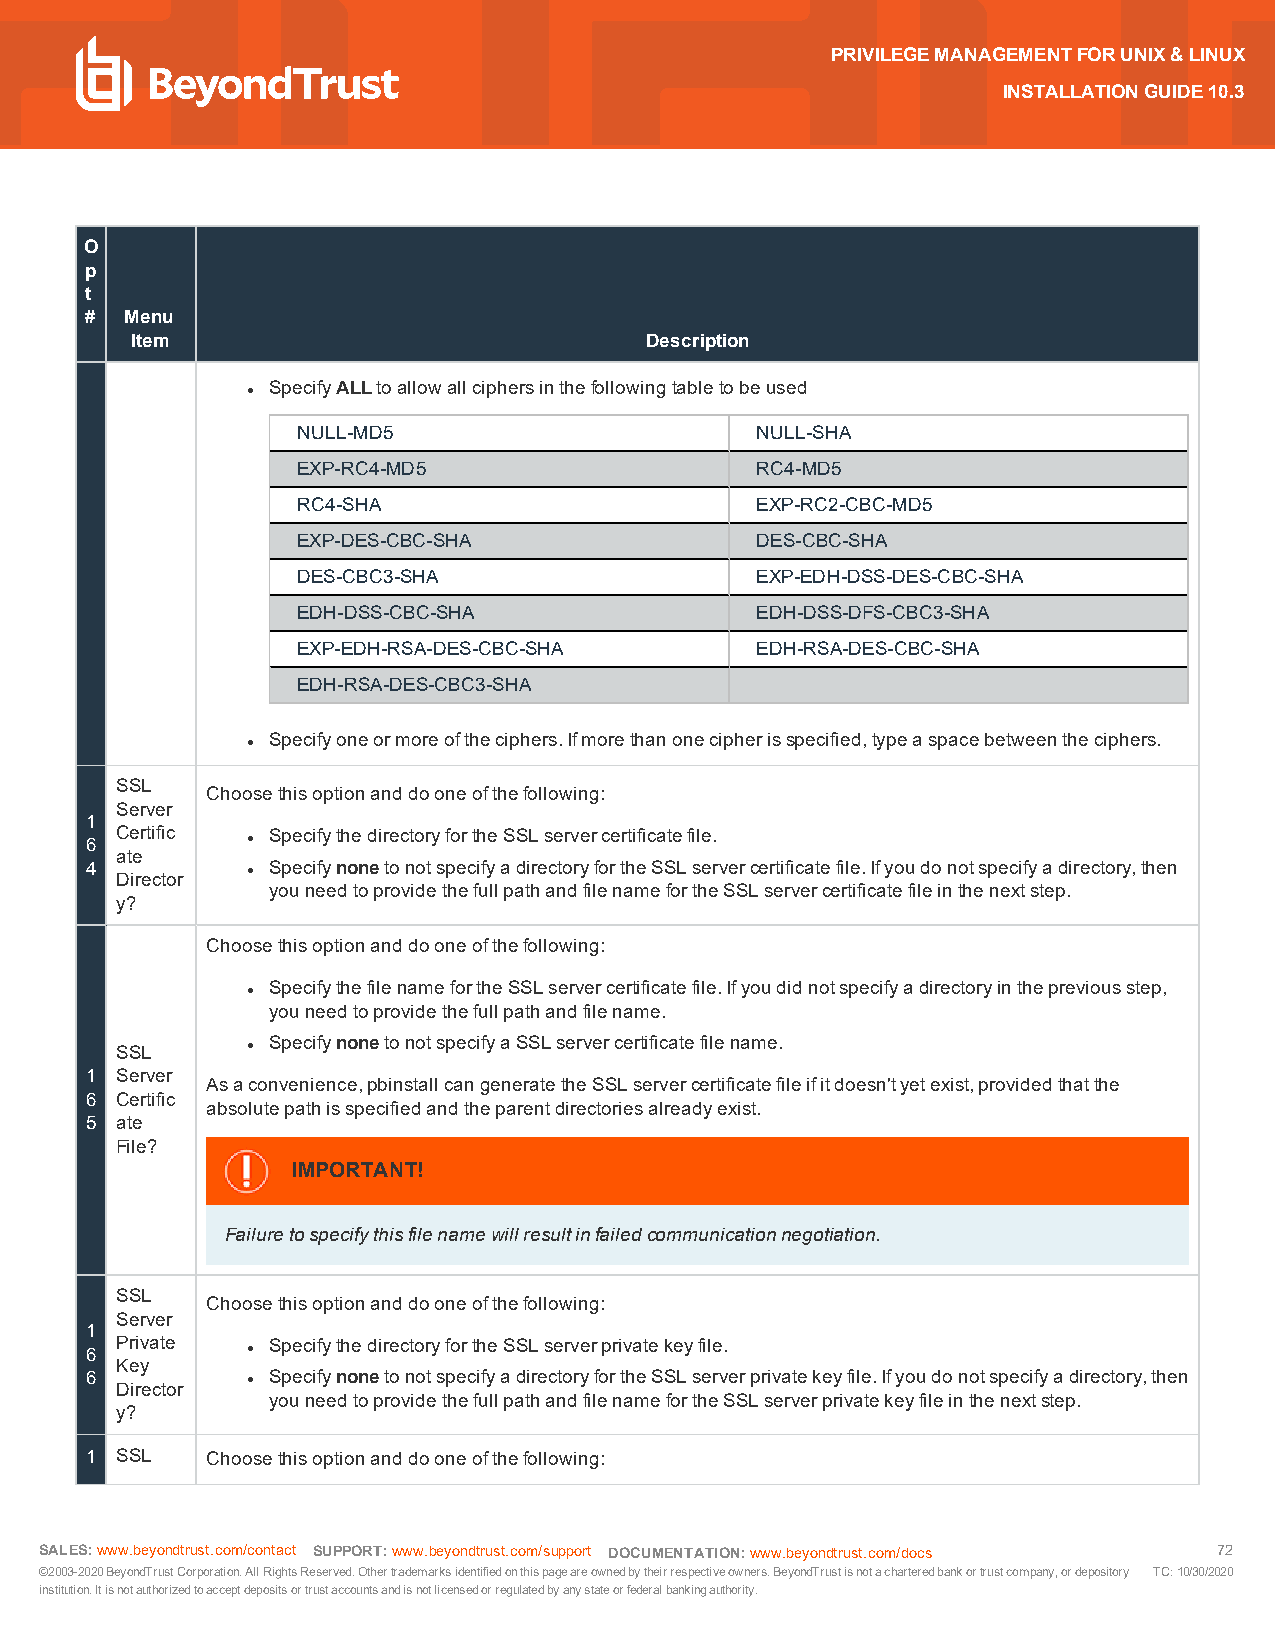
PRIVILEGEMANAGEMENTFORUNIX&LINUX
 INSTALLATIONGUIDE10.3
 O
 p
 t
 # Menu
 Item                              Description
 SpecifyALLtoallowallciphersinthefollowingtabletobeused
 l
 NULL-MD5                      NULL-SHA
 EXP-RC4-MD5                   RC4-MD5
 RC4-SHA                       EXP-RC2-CBC-MD5
 EXP-DES-CBC-SHA               DES-CBC-SHA
 DES-CBC3-SHA                  EXP-EDH-DSS-DES-CBC-SHA
 EDH-DSS-CBC-SHA               EDH-DSS-DFS-CBC3-SHA
 EXP-EDH-RSA-DES-CBC-SHA       EDH-RSA-DES-CBC-SHA
 EDH-RSA-DES-CBC3-SHA
 Specifyoneormoreoftheciphers.Ifmorethanonecipherisspecified,typeaspacebetweentheciphers.
 l
 SSL
 Choosethisoptionanddooneofthefollowing:
 Server
 1
 Certific  SpecifythedirectoryfortheSSLservercertificatefile.
 6         l
 ate
 4           SpecifynonetonotspecifyadirectoryfortheSSLservercertificatefile.Ifyoudonotspecifyadirectory,then
 Director l
 youneedtoprovidethefullpathandfilenamefortheSSLservercertificatefileinthenextstep.
 y?
 Choosethisoptionanddooneofthefollowing:
 SpecifythefilenamefortheSSLservercertificatefile.Ifyoudidnotspecifyadirectoryinthepreviousstep,
 l
 youneedtoprovidethefullpathandfilename.
 SpecifynonetonotspecifyaSSLservercertificatefilename.
 SSL     l
 1 Server
 Asaconvenience,pbinstallcangeneratetheSSLservercertificatefileifitdoesn'tyetexist,providedthatthe
 6 Certific
 absolutepathisspecifiedandtheparentdirectoriesalreadyexist.
 5 ate
 File?
 IMPORTANT!
 Failuretospecifythisfilenamewillresultinfailedcommunicationnegotiation.
 SSL
 Choosethisoptionanddooneofthefollowing:
 Server
 1
 Private   SpecifythedirectoryfortheSSLserverprivatekeyfile.
 6         l
 Key
 6           SpecifynonetonotspecifyadirectoryfortheSSLserverprivatekeyfile.Ifyoudonotspecifyadirectory,then
 Director l
 youneedtoprovidethefullpathandfilenamefortheSSLserverprivatekeyfileinthenextstep.
 y?
 1 SSL   Choosethisoptionanddooneofthefollowing:
 SALES:www.beyondtrust.com/contact SUPPORT:www.beyondtrust.com/support DOCUMENTATION:www.beyondtrust.com/docs 72
 ©2003-2020BeyondTrustCorporation.AllRightsReserved.Othertrademarksidentifiedonthispageareownedbytheirrespectiveowners.BeyondTrustisnotacharteredbankortrustcompany,ordepository TC:10/30/2020
 institution.Itisnotauthorizedtoacceptdepositsortrustaccountsandisnotlicensedorregulatedbyanystateorfederalbankingauthority.